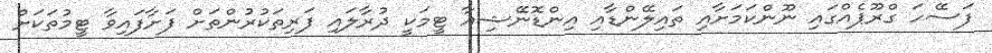
ފަސޭހަ ގްރޫޕެއްގައި ނޫންކަމަށާއި ތައިލޭންޑާއި އިންޑޮނޭޝިއާ ޓީމަކީ ދުރާލައި ފަރިތަކުރުންތަށް ފަށާފައިވާ ޓީމުތަކަށް